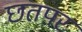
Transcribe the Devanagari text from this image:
छतपर